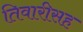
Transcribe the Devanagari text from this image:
तिवारीसह